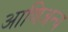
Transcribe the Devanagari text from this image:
आणिअन्य